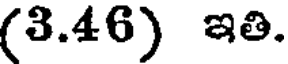
(3.46) ఇతి.